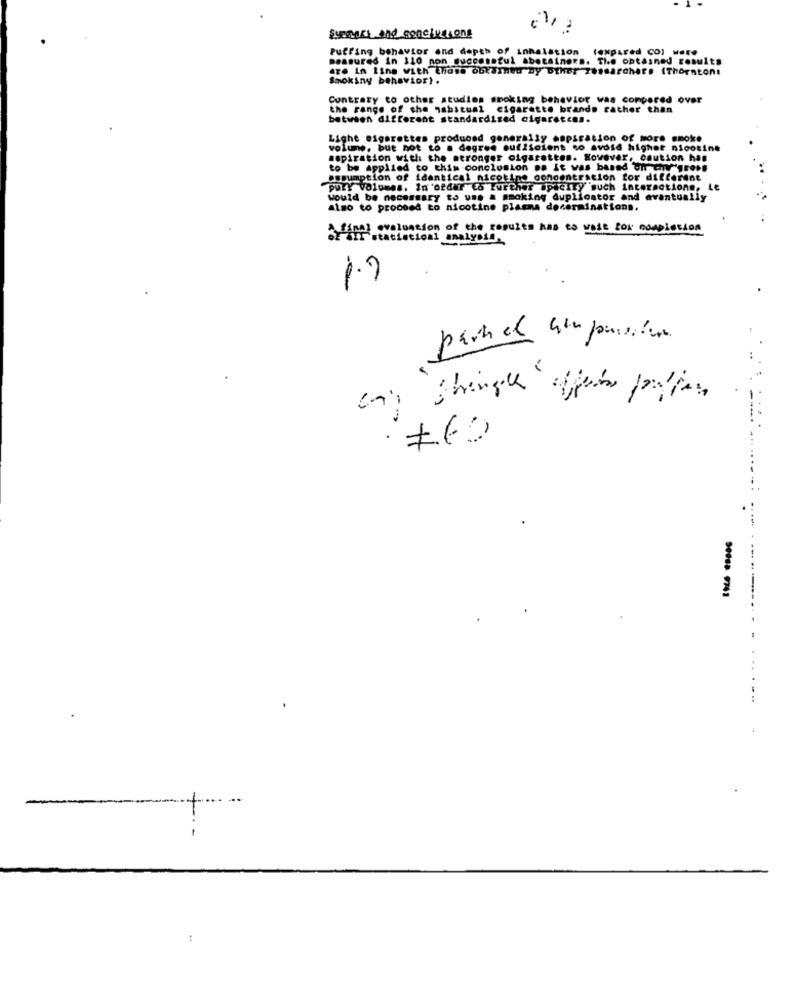
Summers and conclusions
Puffing behavior and depth of inhalation
measured in 110 non successful abotainers. The obtained results
are in line with those obtained by other Tosearchare IThornton:
Smoking behavior) .
Contrary to other studies smoking behavior was compared over
the range of the habitual cigarette brands rather than
between different standardized cigaretces.
Light cigarettes produced generally aspiration of More smoke
volume, but not to a degree sufficient to avoid highet nicotine
aspiration with the stronger cigarettes. However, caution han
to be Applied to this conclusion .. It was based on thy'gross
assumption of identical nicotine concentration for different
purY volumes. Inorder to Further apocity much interactions, Le
would be necessary to use a smoking dupliostor and avantually
also to proceed to nicotine plagne decerminations.
final evaluation of the results has to wise for completion
"statistical analysis.
6.1
.-
: